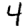
Digit: 4